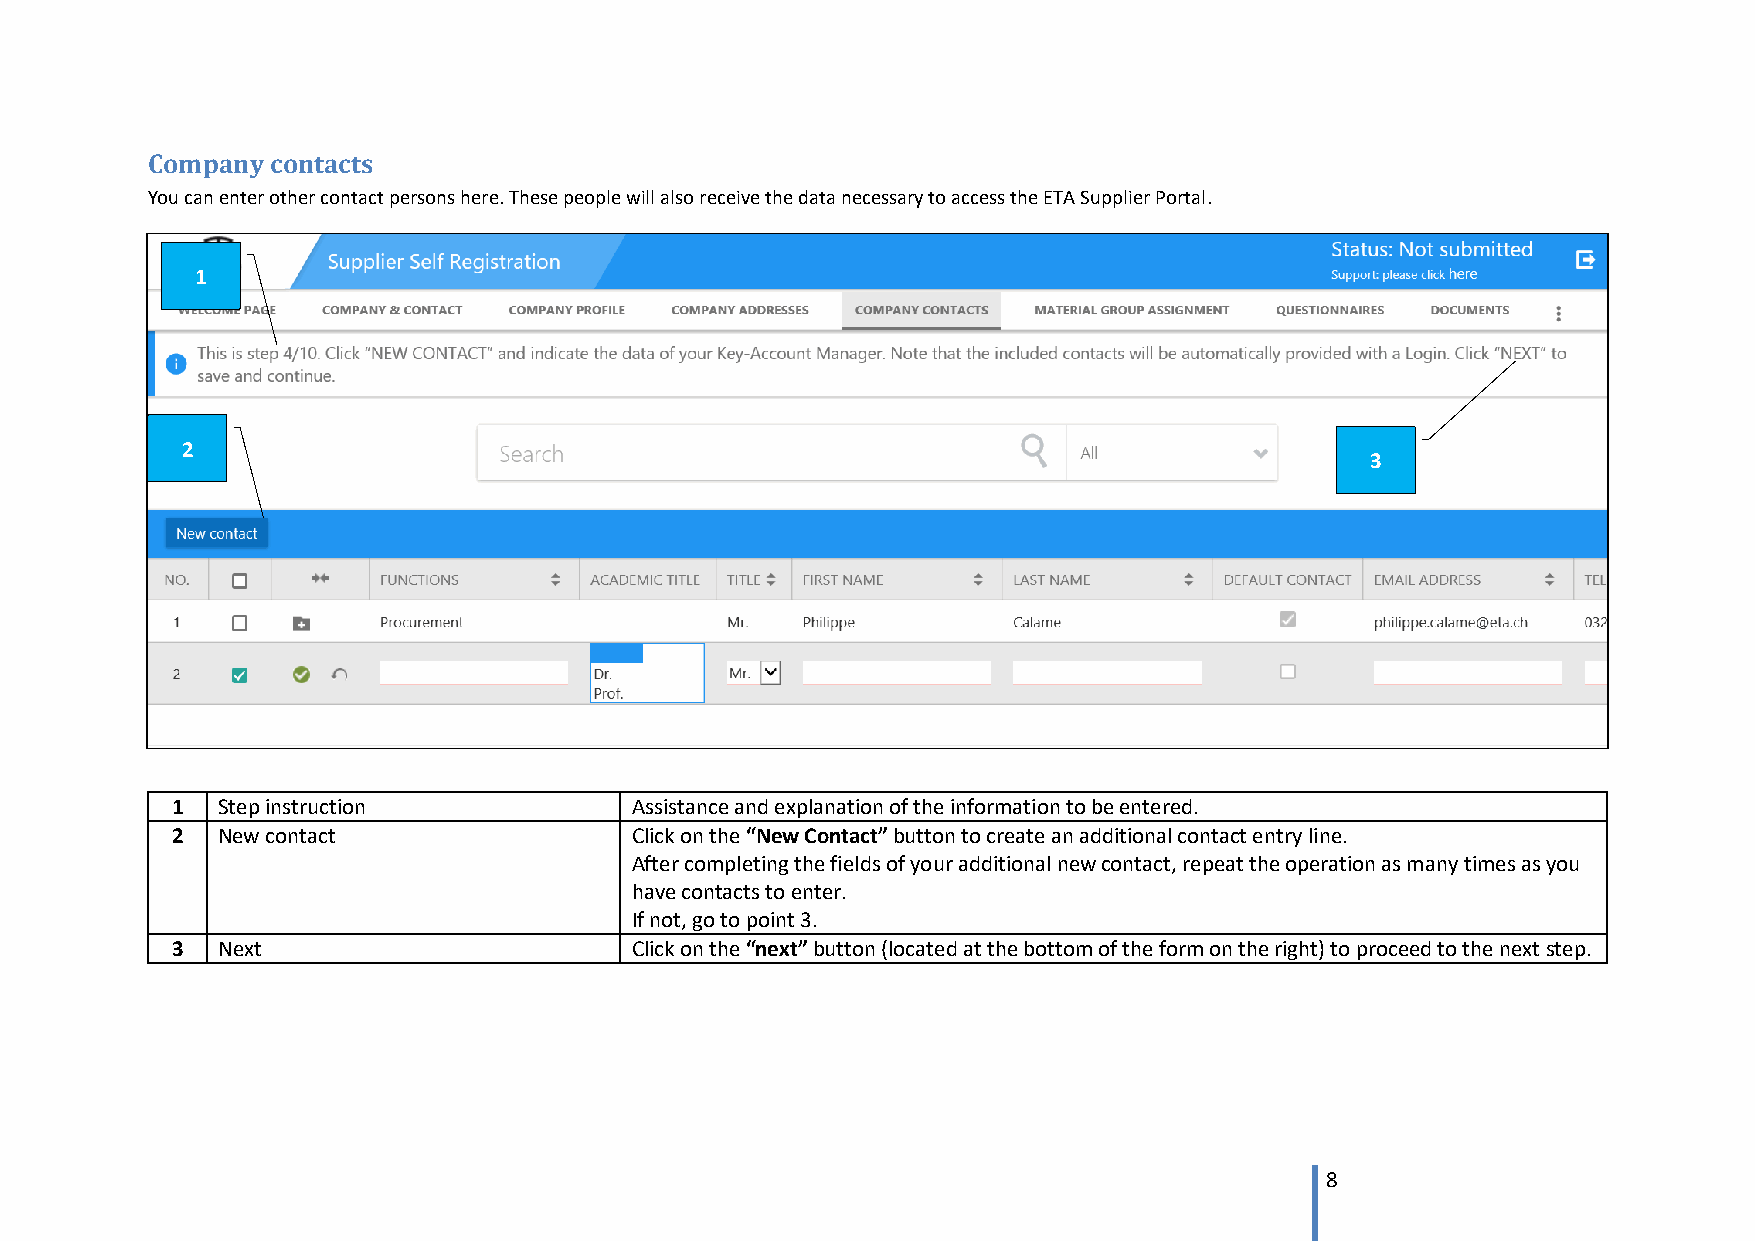
Company contacts
 You can enter other contact persons here. These people will also receive the data necessary to access the ETA Supplier Portal.
 1
 2
 3
 1  Step instruction            Assistance and explanation of the information to be entered.
 2  New contact                 Click on the “New Contact” button to create an additional contact entry line.
 After completing the fields of your additional new contact, repeat the operation as many times as you
 have contacts to enter.
 If not, go to point 3.
 3  Next                        Click on the “next” button (located at the bottom of the form on the right) to proceed to the next step.
 8